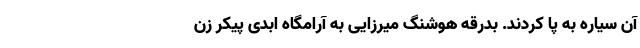
آن سیاره به پا کردند. بدرقه هوشنگ میرزایی به آرامگاه ابدی پیکر زن